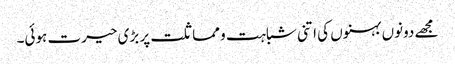
مجھے دونوں بہنوں کی اتنی شباہت و مماثلت پر بڑی حیرت ہوئی۔